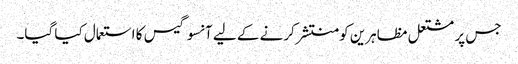
جس پر مشتعل مظاہرین کو منتشر کرنے کے لیے آنسو گیس کا استعمال کیا گیا۔